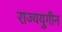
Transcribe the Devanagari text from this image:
राज्ययुगीन